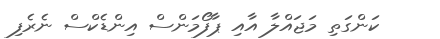
ކަންގަތި މަޖައްލާ އާއި ޕާފޯމަންސް އިންޑެކްސް ނެރެފި